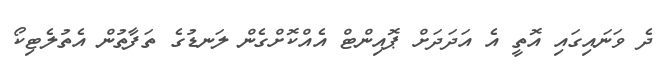
ދެ ވަނައިގައި އޮތީ އެ އަދަދަށް ޕޮއިންޓް އެއްކޮށްގެން ލަނޑުގެ ތަފާތުން އެތުލެޓިކޯ